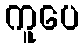
ကူပေ